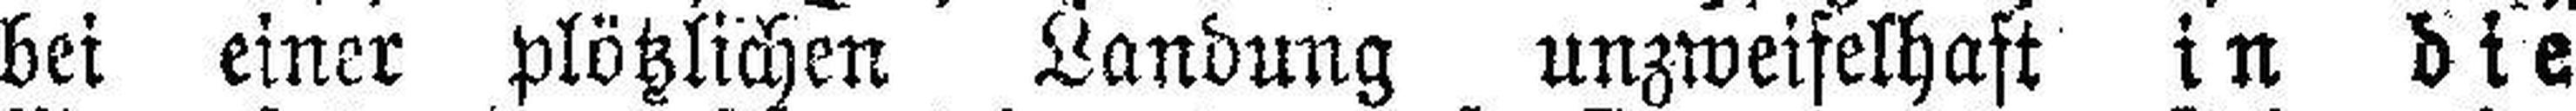
bei einer plötzlichen Landung unzweifelhaft in die